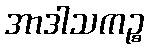
အာဒါသကဉ္စ